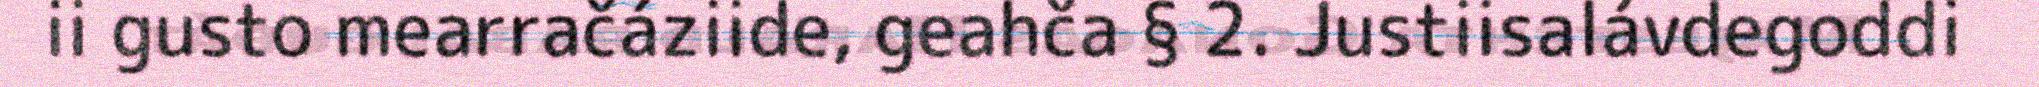
ii gusto mearračáziide, geahča § 2. Justiisalávdegoddi